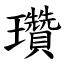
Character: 瓚